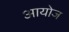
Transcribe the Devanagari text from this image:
आयोज